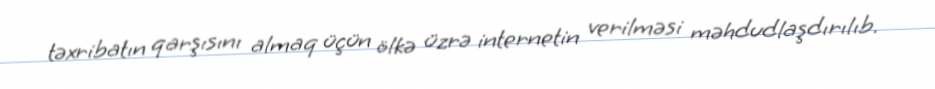
təxribatın qarşısını almaq üçün ölkə üzrə internetin verilməsi məhdudlaşdırılıb.